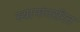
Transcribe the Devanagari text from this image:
स्थानांतररित